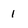
Character: 1